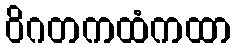
ဝိဂတကထံကထာ